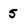
Character: 5